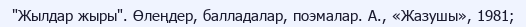
"Жылдар жыры". Өлеңдер, балладалар, поэмалар. А., «Жазушы», 1981;